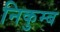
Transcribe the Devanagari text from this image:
निकुम्ब